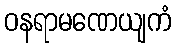
ဝနရာမဏေယျကံ